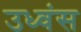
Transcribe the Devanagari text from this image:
उध्वंस